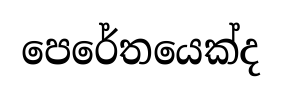
පෙරේතයෙක්ද